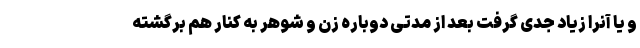
و یا آنرا زیاد جدی گرفت بعد از مدتی دوباره زن و شوهر به کنار هم برگشته